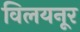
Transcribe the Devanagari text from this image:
विलयनूर